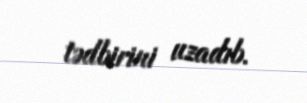
tədbirini uzadıb.